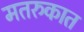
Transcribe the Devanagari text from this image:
मतरुकात